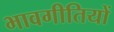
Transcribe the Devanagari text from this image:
भावगीतियों